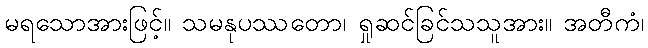
မရသောအားဖြင့်။ သမနုပဿတော၊ ရှုဆင်ခြင်သသူအား။ အတီကံ၊